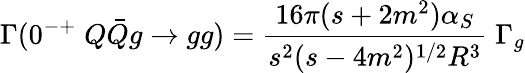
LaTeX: \Gamma(0^{-+}\; Q\bar{Q}g\rightarrow gg)={\frac{16\pi(s+2m^{2})\alpha_{S}}{s^{2}(s-4m^{2})^{1/2}R^{3}}}\; \Gamma_{g}